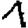
Digit: 1